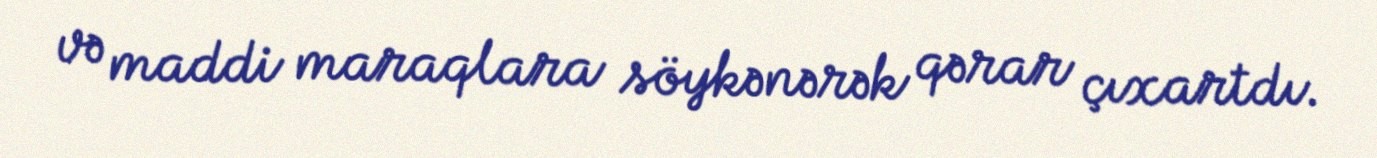
və maddi maraqlara söykənərək qərar çıxartdı.